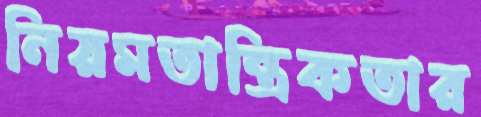
নিয়মতান্ত্রিকতার